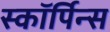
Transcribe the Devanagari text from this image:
स्कॉर्पिन्स